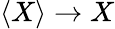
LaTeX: \langle X\rangle\rightarrow X